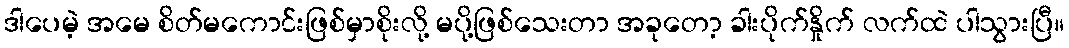
ဒါပေမဲ့ အမေ စိတ်မကောင်းဖြစ်မှာစိုးလို့ မပို့ဖြစ်သေးတာ အခုတော့ ခါးပိုက်နှိုက် လက်ထဲ ပါသွားပြီ။